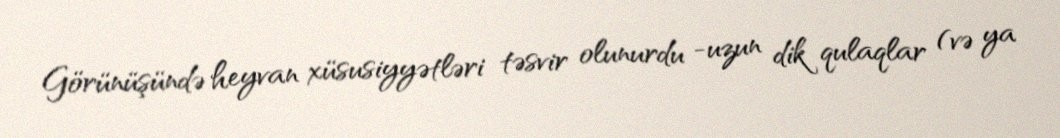
Görünüşündə heyvan xüsusiyyətləri təsvir olunurdu -uzun dik qulaqlar (və ya